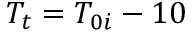
T _ { t } = T _ { 0 i } - 1 0